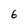
Character: 6